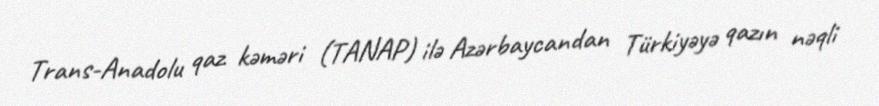
Trans-Anadolu qaz kəməri (TANAP) ilə Azərbaycandan Türkiyəyə qazın nəqli